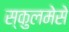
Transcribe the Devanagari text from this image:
स्कुलमेसे